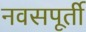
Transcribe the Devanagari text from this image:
नवसपूर्ती